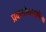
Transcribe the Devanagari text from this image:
प्रवासीवाहतुकीच्या